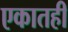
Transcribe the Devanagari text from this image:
एकातही